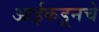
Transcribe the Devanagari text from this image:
आईकडूनचे